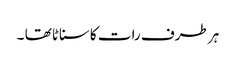
ہر طرف رات کاسناٹا تھا ۔